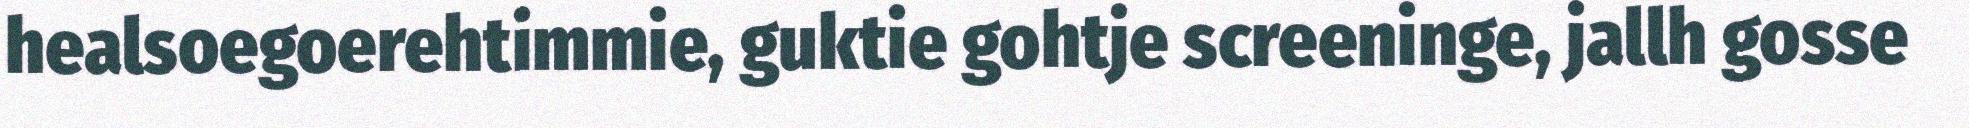
healsoegoerehtimmie, guktie gohtje screeninge, jallh gosse